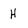
Character: H